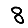
Digit: 8